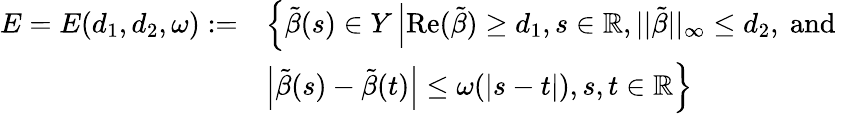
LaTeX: \begin{array}{rl}{E=E(d_{1},d_{2},\omega):=}&{\left\{ \tilde{\beta}(s)\in Y\left|\mathrm{Re}(\tilde{\beta})\geq d_{1},s\in\mathbb{R},||\tilde{\beta}||_{\infty}\leq d_{2},\mathrm{~and~}\right.\right.}\\ &{\left.\left|\tilde{\beta}(s)-\tilde{\beta}(t)\right|\leq\omega(|s-t|),s,t\in\mathbb{R}\right\} }\end{array}